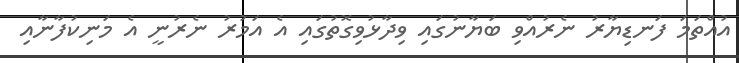
އުއްތަމަ ފަނޑިޔާރު ނެރުއްވި ބަޔާނުގައި ވިދާޅުވިގޮތުގައި އެ އަމުރު ނެރުނީ އެ މަނިކުފާނާއި